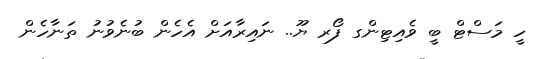
ހީ މަސްޓް ބީ ވެއިޓިންގ ފޯރ ޔޫ.. ނައިރާއަށް އެހެން ބުނެވުނު ތަނާހެން